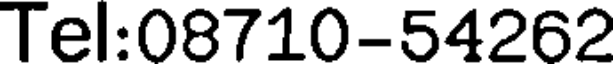
Tel:08710-54262